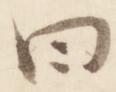
曰